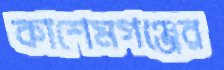
কাশেমগঞ্জের